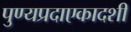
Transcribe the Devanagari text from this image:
पुण्यप्रदाएकादशी